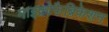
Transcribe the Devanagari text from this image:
माइक्रोफैब्रिकेशन